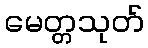
မေတ္တသုတ်